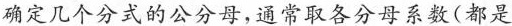
确定几个分式的公分母，通常取各分母系数(都是